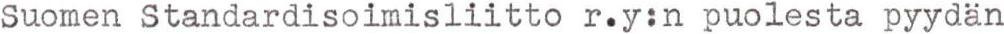
Suomen Standardisoimisliitto r.y:n puolesta pyydän